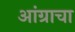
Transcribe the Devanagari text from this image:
आंग्राचा